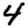
Digit: 4